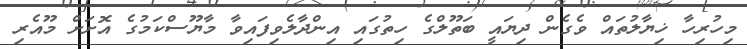
މިހުރިހާ ޚިޔާލުތައް ވެގެން ދިޔައީ ބަތޫލްގެ ހިތުގައި އިންދާލެވިފައިވާ މާޔޫސްކަމުގެ އޮށަށް މޫއެރި